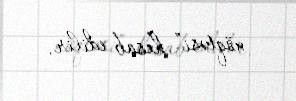
nöqtəsi” hesab edilir.